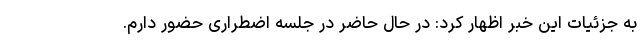
به جزئیات این خبر اظهار کرد: در حال حاضر در جلسه اضطراری حضور دارم.